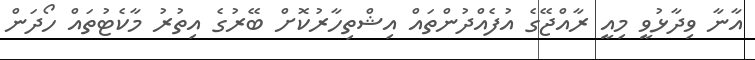
އާނާ ވިދާޅުވީ މިއީ ރާއްޖޭގެ އުފެއްދުންތައް އިޝްތިހާރުކޮށް ބޭރުގެ އިތުރު މާކެޓުތައް ހޯދަން